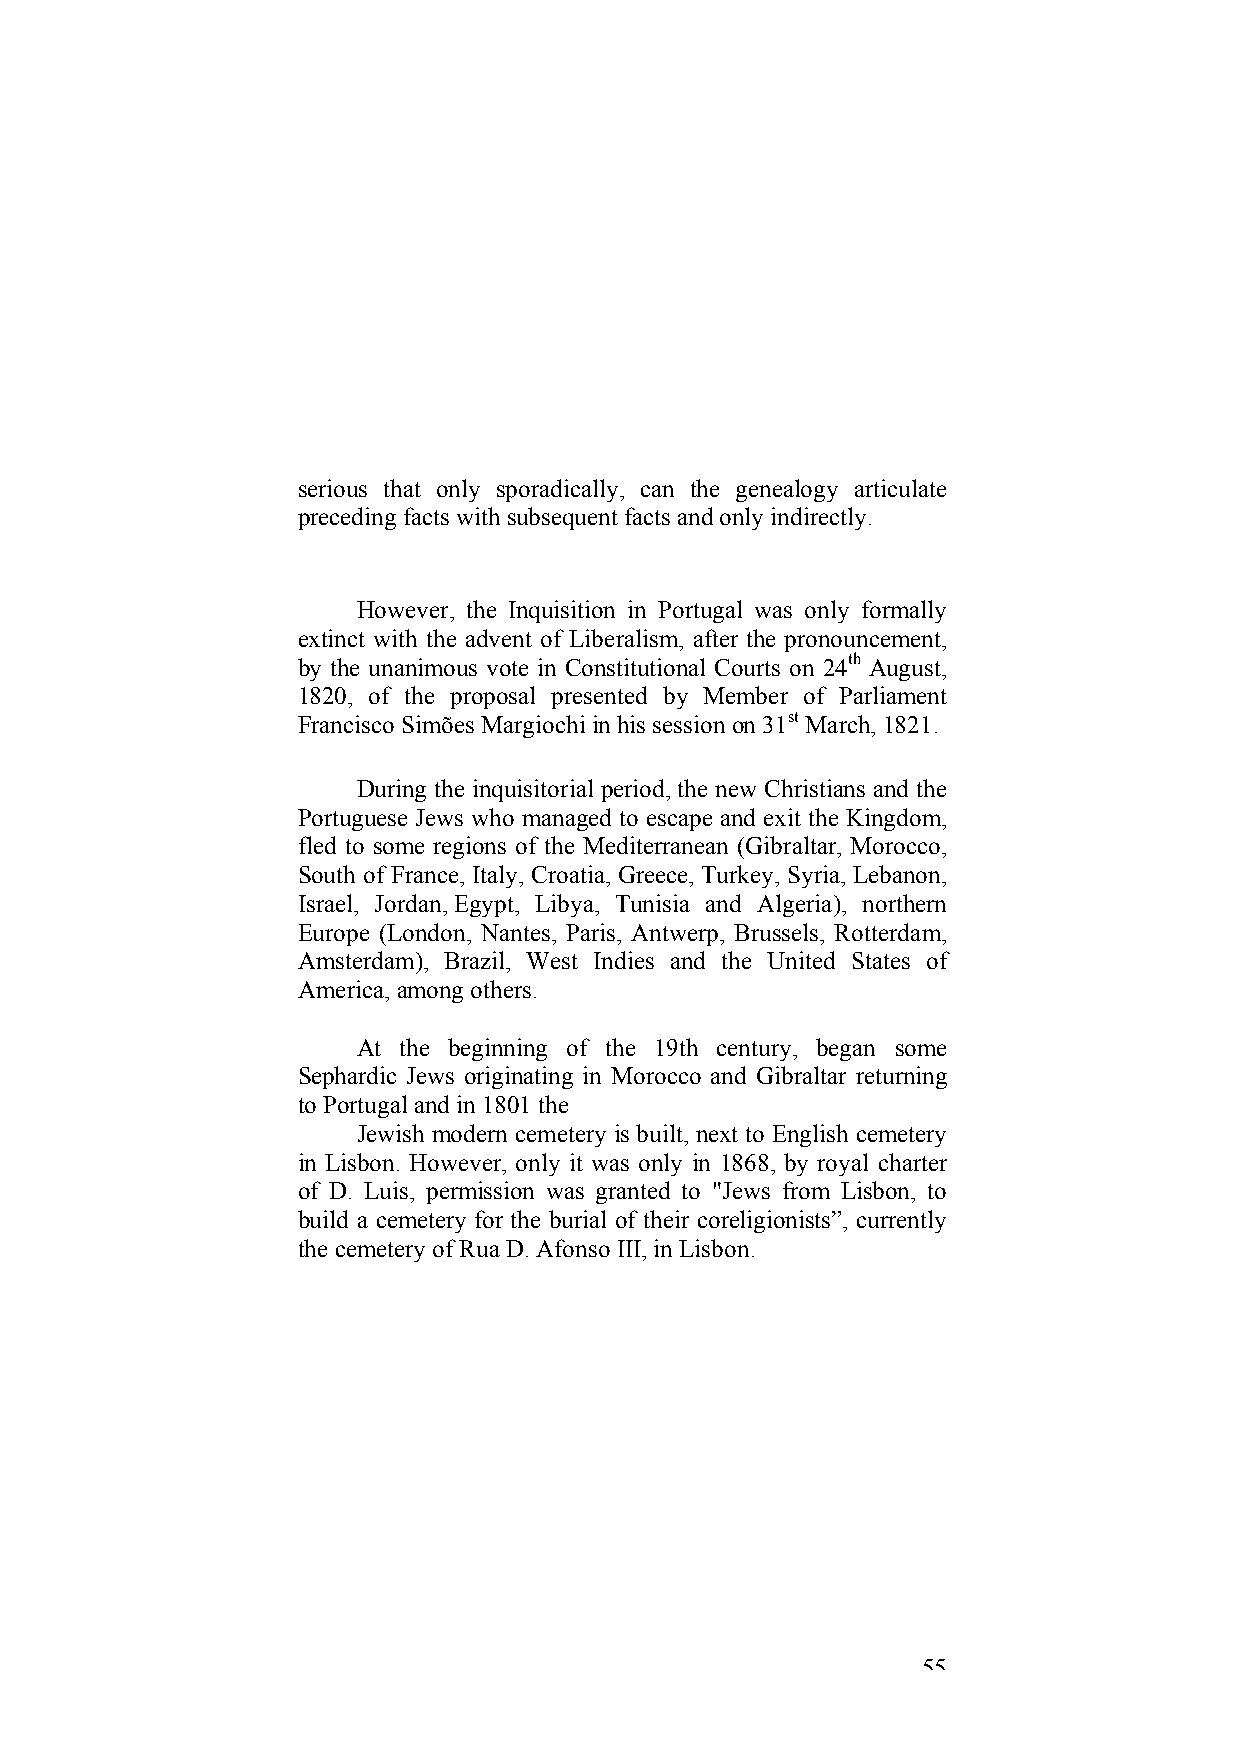
serious that only sporadically, can the genealogy articulate
 preceding facts with subsequent facts and only indirectly.
 However, the Inquisition in Portugal was only formally
 extinct with the advent of Liberalism, after the pronouncement,
 by the unanimous vote in Constitutional Courts on 24th August,
 1820, of the proposal presented by Member of Parliament
 Francisco Simões Margiochi in his session on 31st March, 1821.
 During the inquisitorial period, the new Christians and the
 Portuguese Jews who managed to escape and exit the Kingdom,
 fled to some regions of the Mediterranean (Gibraltar, Morocco,
 South of France, Italy, Croatia, Greece, Turkey, Syria, Lebanon,
 Israel, Jordan, Egypt, Libya, Tunisia and Algeria), northern
 Europe (London, Nantes, Paris, Antwerp, Brussels, Rotterdam,
 Amsterdam), Brazil, West Indies and the United States of
 America, among others.
 At the beginning of the 19th century, began some
 Sephardic Jews originating in Morocco and Gibraltar returning
 to Portugal and in 1801 the
 Jewish modern cemetery is built, next to English cemetery
 in Lisbon. However, only it was only in 1868, by royal charter
 of D. Luis, permission was granted to "Jews from Lisbon, to
 build a cemetery for the burial of their coreligionists”, currently
 the cemetery of Rua D. Afonso III, in Lisbon.
 55